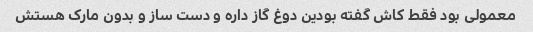
معمولی بود فقط کاش گفته بودین دوغ گاز داره و دست ساز و بدون مارک هستش